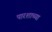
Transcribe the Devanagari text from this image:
पारशाच्या